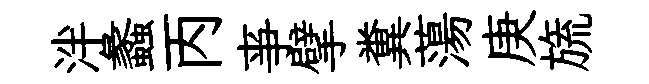
泮蠡丙亊擘糞蕩庚旒